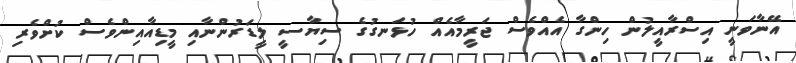
އޭނާވަނީ އިސްރާއީލުން ހިންގާ އެއްވެސް ޖަރީމާއެއް ހުޅަނގުގެ ސިޔާސީ ލީޑަރުންނާއި މީޑިއާއިންވެސް ކުށްވެރި